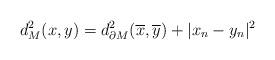
LaTeX: \begin{align*} d_M^2(x, y) = d_{\partial M}^2(\overline{x}, \overline{y}) + |x_n - y_n|^2\end{align*}